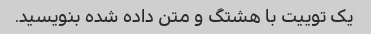
یک توییت با هشتگ و متن داده شده بنویسید.